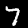
Label: 7